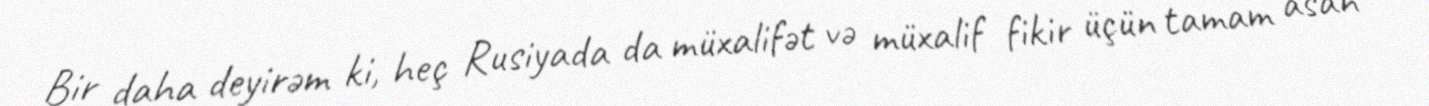
Bir daha deyirəm ki, heç Rusiyada da müxalifət və müxalif fikir üçün tamam asan